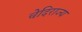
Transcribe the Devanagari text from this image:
चेदिराज्य